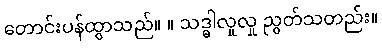
တောင်းပန်ထွာသည်။ ။ သဒ္ဓါလှုလှု ညွတ်သတည်း။